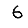
Digit: 6